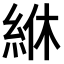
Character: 𫃢